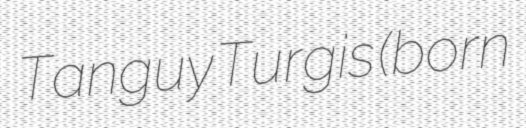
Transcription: Tanguy Turgis (born